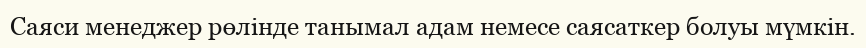
Саяси менеджер рөлінде танымал адам немесе саясаткер болуы мүмкін.